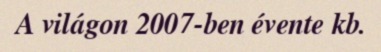
A világon 2007-ben évente kb.